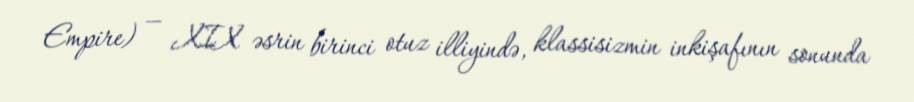
Empire) — XIX əsrin birinci otuz illiyində, klassisizmin inkişafının sonunda